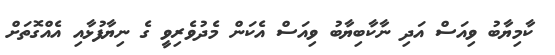
ކާމިޔާބު ވިއަސް އަދި ނާކާބިޔާބު ވިއަސް އެކަން މެދުވެރިވީ ގެ ނިޔާާފުޅާއި އެއްގޮތަށް